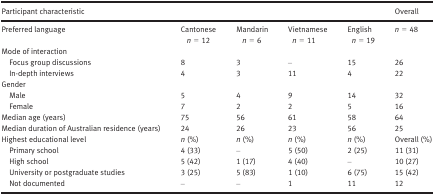
| Participant characteristic |  |  |  |  | Overall |
 | --- | --- | --- | --- | --- | --- |
 | Preferred language | Cantonesen = 12 | Mandarinn = 6 | Vietnamesen = 11 | Englishn = 19 | n = 48 |
 | <COLSPAN=6> Mode of interaction |
 | Focus group discussions | 8 | 3 | – | 15 | 26 |
 | In‐depth interviews | 4 | 3 | 11 | 4 | 22 |
 | <COLSPAN=6> Gender |
 | Male | 5 | 4 | 9 | 14 | 32 |
 | Female | 7 | 2 | 2 | 5 | 16 |
 | Median age (years) | 75 | 56 | 61 | 58 | 64 |
 | Median duration of Australian residence (years) | 24 | 26 | 23 | 56 | 25 |
 | Highest educational level | n (%) | n (%) | n (%) | n (%) | Overall (%) |
 | Primary school | 4 (33) | – | 5 (50) | 2 (25) | 11 (31) |
 | High school | 5 (42) | 1 (17) | 4 (40) | – | 10 (27) |
 | University or postgraduate studies | 3 (25) | 5 (83) | 1 (10) | 6 (75) | 15 (42) |
 | Not documented | – | – | 1 | 11 | 12 |